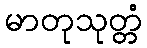
မာတုသုတ္တံ